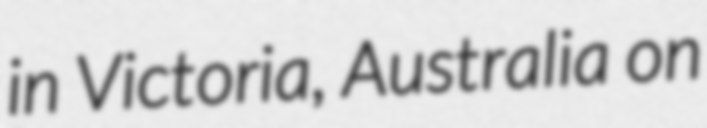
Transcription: in Victoria, Australia on